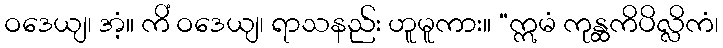
ဝဒေယျ၊ အံ့။ ကိံ ဝဒေယျ၊ ရာသနည်း ဟူမူကား။ “ဣမံ ကုန္ထကိပိလ္လိကံ၊